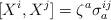
LaTeX: \begin{align*}[X^i,X^j]= \zeta^a \sigma_a^{ij}\end{align*}